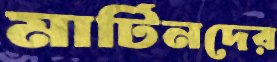
মার্টিনদের